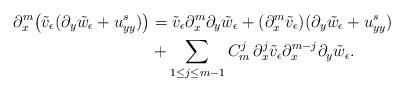
LaTeX: \begin{align*}\partial_x^m \big( \tilde{v}_\epsilon (\partial_y\tilde{w}_\epsilon + u^s_{yy}) \big) & = \tilde{v}_\epsilon \partial_x^m \partial_y \tilde{w}_\epsilon + (\partial^m_x\tilde{v}_\epsilon) (\partial_y \tilde{w}_\epsilon+u^s_{yy})\\&+\sum_{1\le j\le m-1}C^j_m\, \partial^j_x\tilde{v}_\epsilon\partial^{m-j}_x \partial_y\tilde{w}_\epsilon.\end{align*}